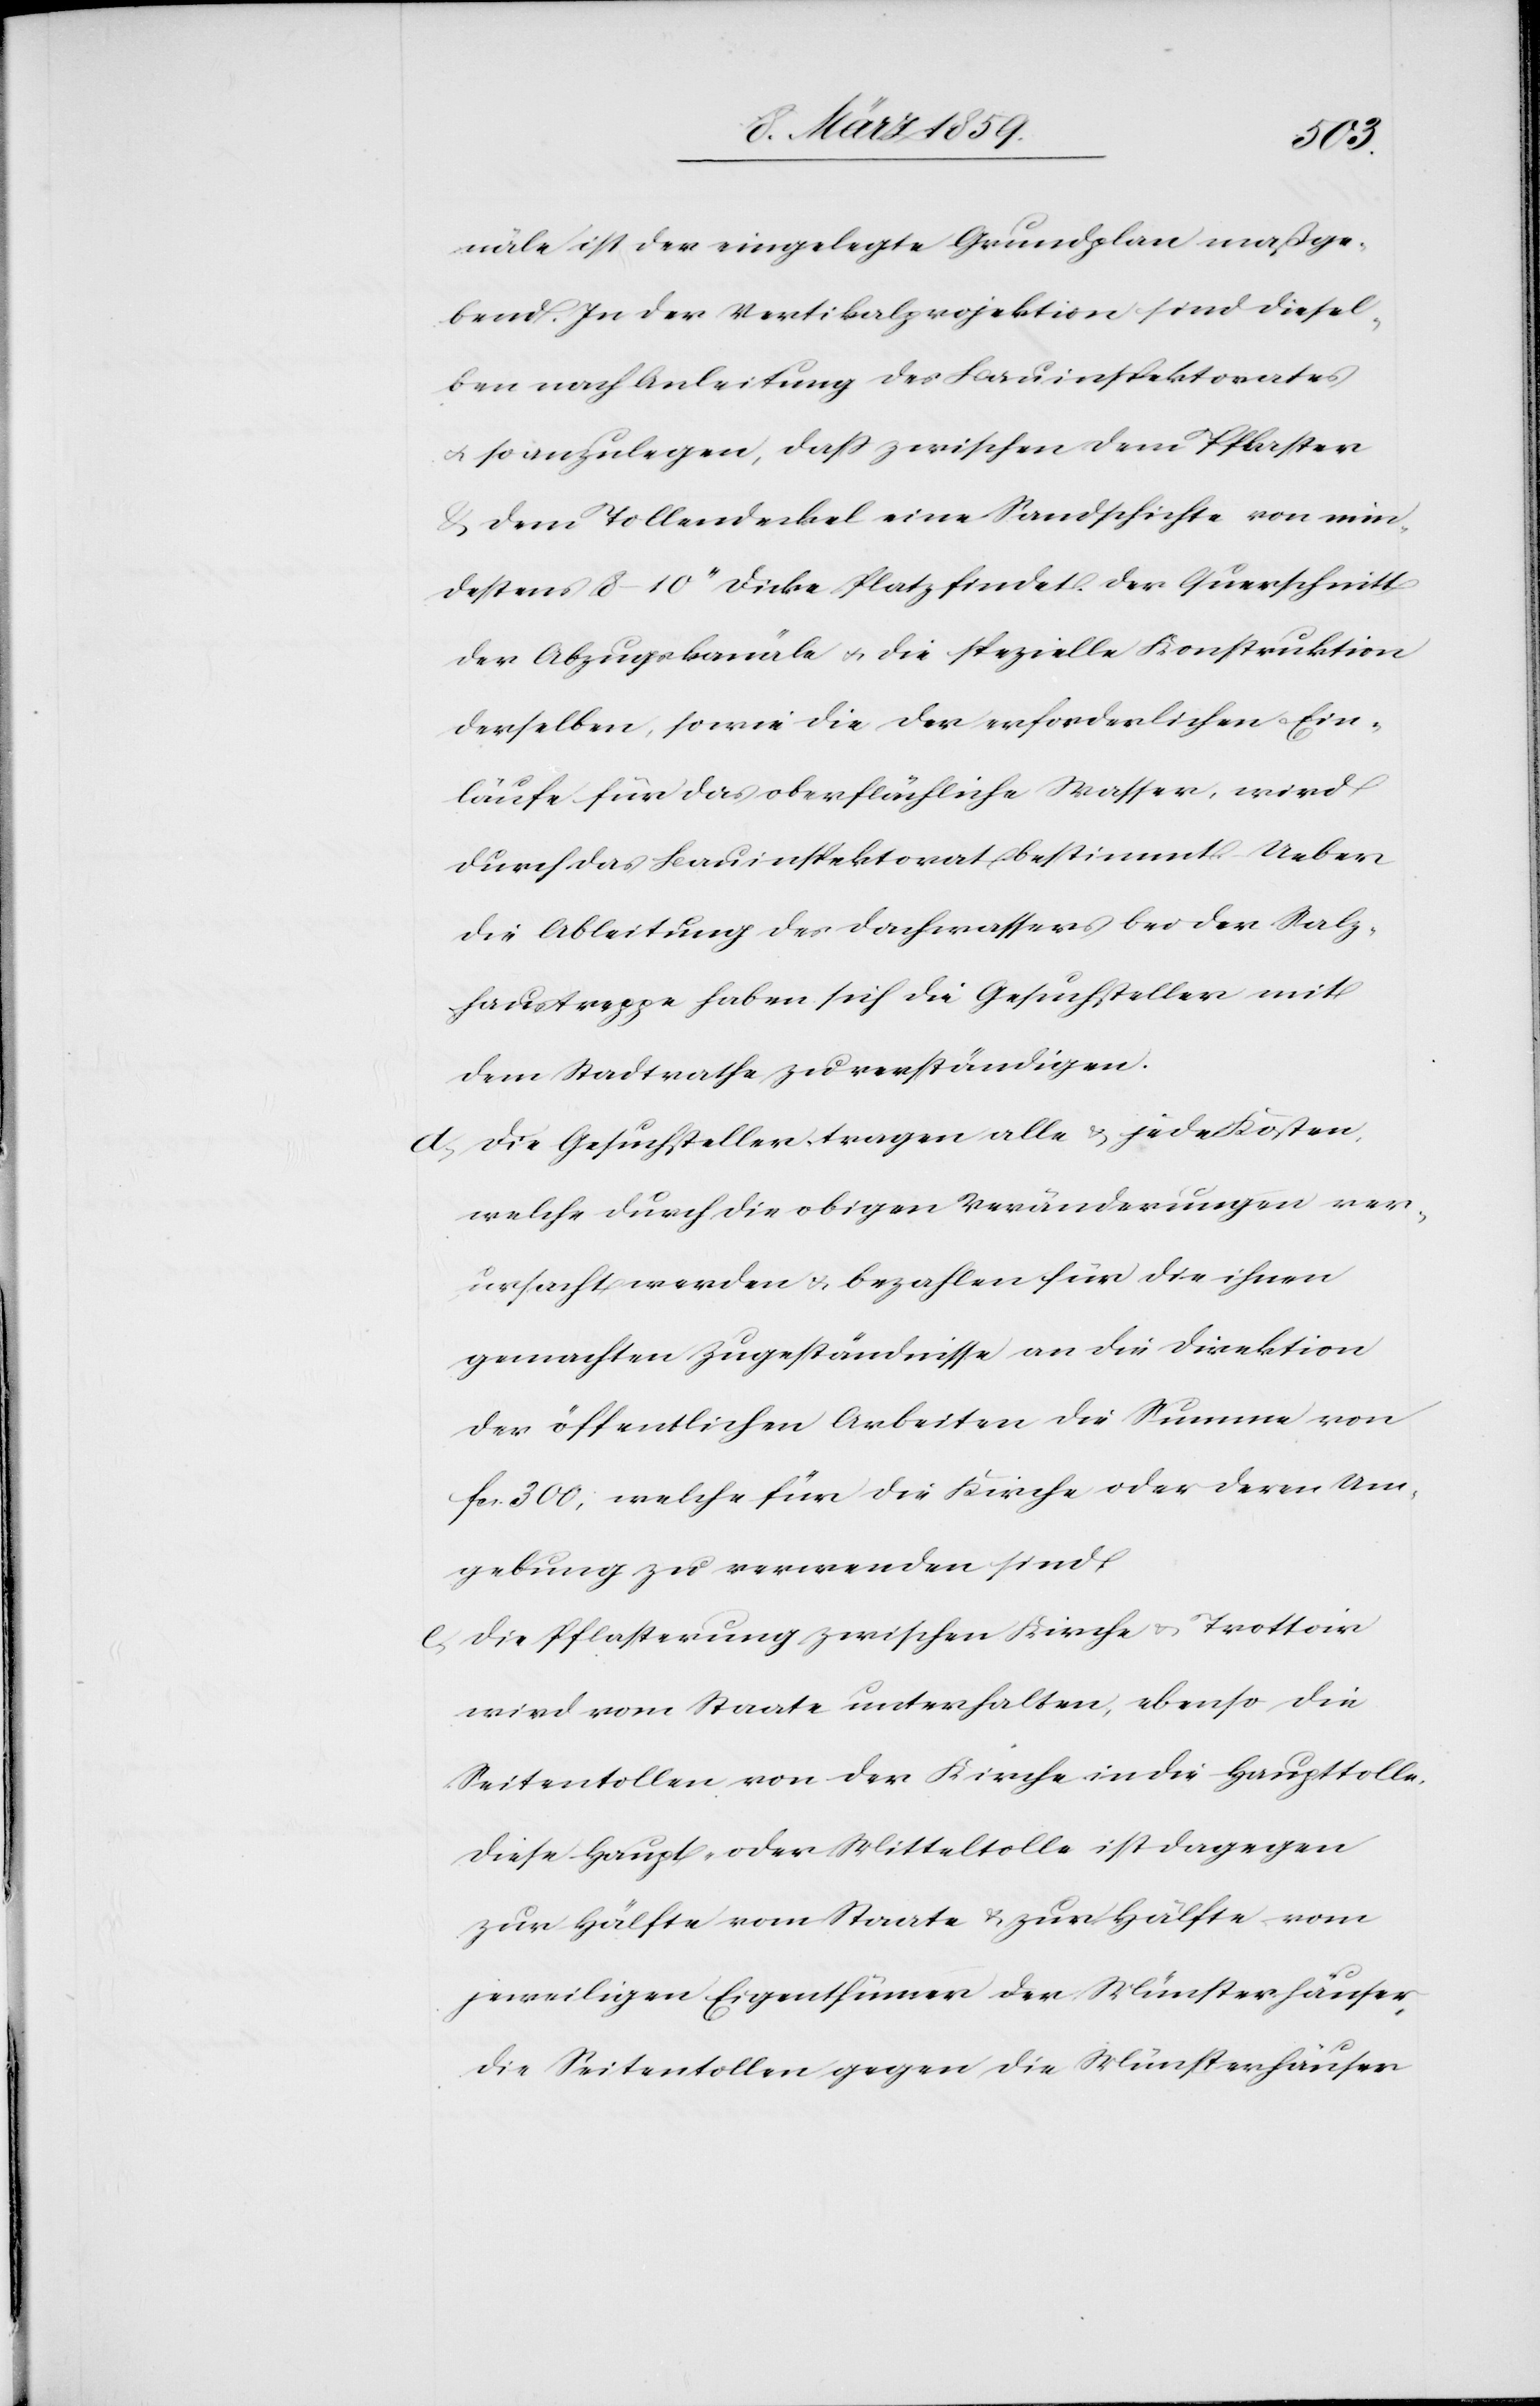
näle ist der eingelegte Grundplan maßge¬
bend. In der Vertikalprojektion sind diesel¬
ben nach Anleitung des Bauinspektorates
u. so anzulegen, daß zwischen dem Pflaster
dem Tollendeckel eine Sandschichte von min¬
destens 8–10“ dicke Platz findet. Der Quartschnitt
der Abzugskanäle u. die spezielle Konstruktion
derselben, sowie die der erforderlichen Ein¬
läufe für das oberflächliche Wasser, wird
durch das Bauinspektorat bestimmt. Ueber
die Ableitung des Dachwassers bei der Salz¬
haustreppe haben sich die Gesuchsteller mit
dem Stadtrathe zu verständigen.
d) Die Gesuchsteller tragen alle & jede Kosten,
welche durch die obigen Veränderungen ver¬
ursacht werden & bezahlen für die ihnen
gemachten Zugeständnisse an die Direktion
der öffentlichen Arbeiten die Summe von
fcs. 300, welche für die Kirche oder deren Um¬
gebung zu verwenden sind.
e) Die Pflasterung zwischen Kirche u. Trottoir
wird vom Staate unterhalten, ebenso die
Seitentollen von der Kirche in die Haupttolle.
Diese Haupt- oder Mitteltolle ist dagegen
zur Hälfte vom Staate & zur Hälfte vom
jeweiligen Eigenthümer der Münsterhäuser,
die Seitentollen gegen die Münsterhäuser